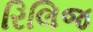
રિલિજ